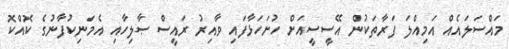
މައްސަލައެއް އަމިއްލަ ފަރާތަކުން އޭސީސީއަށް ހުށަހަޅާފައި ވާއިރު ރައީސް ޞާލިހާއި އެމަނިކުފާނުގެ ކޮއްކޮ